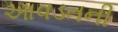
આવડતની